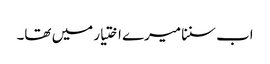
اب سننا میرے اختیار میں تھا۔